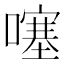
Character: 噻